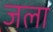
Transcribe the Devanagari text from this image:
जला